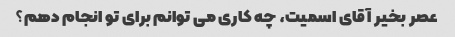
عصر بخیر آقای اسمیت، چه کاری می توانم برای تو انجام دهم؟